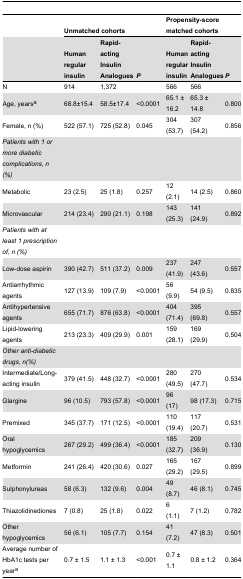
<table><thead><tr><td></td><td colspan="3"><b>Unmatched cohorts</b></td><td colspan="3"><b>Propensity-score matched cohorts</b></td></tr><tr><td></td><td><b>Human regular insulin </b></td><td><b>Rapid-acting Insulin Analogues</b></td><td><b><i>P</i></b></td><td><b>Human regular insulin </b></td><td><b>Rapid-acting Insulin Analogues</b></td><td><b><i>P</i></b></td></tr></thead><tbody><tr><td>N</td><td>914</td><td>1,372</td><td></td><td>566</td><td>566</td><td></td></tr><tr><td>Age, years<sup>a</sup></td><td>68.8±15.4</td><td>58.5±17.4</td><td>&lt;0.0001</td><td>65.1 ± 16.2</td><td>65.3 ± 14.8</td><td>0.800</td></tr><tr><td>Female, n (%)</td><td>522 (57.1)</td><td>725 (52.8)</td><td>0.045</td><td>304 (53.7)</td><td>307 (54.2)</td><td>0.856</td></tr><tr><td><i>Patients with 1 or more diabetic complications, n (%)</i></td><td></td><td></td><td></td><td></td><td></td><td></td></tr><tr><td>Metabolic </td><td>23 (2.5)</td><td>25 (1.8)</td><td>0.257</td><td>12 (2.1)</td><td>14 (2.5)</td><td>0.860</td></tr><tr><td>Microvascular </td><td>214 (23.4)</td><td>290 (21.1)</td><td>0.198</td><td>143 (25.3)</td><td>141 (24.9)</td><td>0.892</td></tr><tr><td><i>Patients with at least 1 prescription of, n (%)</i></td><td></td><td></td><td></td><td></td><td></td><td></td></tr><tr><td>Low-dose aspirin</td><td>390 (42.7)</td><td>511 (37.2)</td><td>0.009</td><td>237 (41.9)</td><td>247 (43.6)</td><td>0.557</td></tr><tr><td>Antiarrhythmic agents</td><td>127 (13.9)</td><td>109 (7.9)</td><td>&lt;0.0001</td><td>56 (9.9)</td><td>54 (9.5)</td><td>0.835</td></tr><tr><td>Antihypertensive agents</td><td>655 (71.7)</td><td>876 (63.8)</td><td>&lt;0.0001</td><td>404 (71.4)</td><td>395 (69.8)</td><td>0.557</td></tr><tr><td>Lipid-lowering agents</td><td>213 (23.3)</td><td>409 (29.9)</td><td>0.001</td><td>159 (28.1)</td><td>169 (29.9)</td><td>0.504</td></tr><tr><td><i>Other anti-diabetic drugs, n(%)</i></td><td></td><td></td><td></td><td></td><td></td><td></td></tr><tr><td>Intermediate/Long-acting insulin</td><td>379 (41.5)</td><td>448 (32.7)</td><td>&lt;0.0001</td><td>280 (49.5)</td><td>270 (47.7)</td><td>0.534</td></tr><tr><td>Glargine</td><td>96 (10.5)</td><td>793 (57.8)</td><td>&lt;0.0001</td><td>96 (17)</td><td>98 (17.3)</td><td>0.715</td></tr><tr><td>Premixed </td><td>345 (37.7)</td><td>171 (12.5)</td><td>&lt;0.0001</td><td>110 (19.4)</td><td>117 (20.7)</td><td>0.531</td></tr><tr><td>Oral hypoglycemics</td><td>267 (29.2)</td><td>499 (36.4)</td><td>&lt;0.0001</td><td>185 (32.7)</td><td>209 (36.9)</td><td>0.130</td></tr><tr><td> Metformin</td><td>241 (26.4)</td><td>420 (30.6)</td><td>0.027</td><td>165 (29.2)</td><td>167 (29.5)</td><td>0.899</td></tr><tr><td> Sulphonylureas</td><td>58 (6.3)</td><td>132 (9.6)</td><td>0.004</td><td>49 (8.7)</td><td>46 (8.1)</td><td>0.745</td></tr><tr><td> Thiazolidinediones</td><td>7 (0.8)</td><td>25 (1.8)</td><td>0.022</td><td>6 (1.1)</td><td>7 (1.2)</td><td>0.782</td></tr><tr><td> Other hypoglycemics</td><td>56 (6.1)</td><td>105 (7.7)</td><td>0.154</td><td>41 (7.2)</td><td>47 (8.3)</td><td>0.501</td></tr><tr><td>Average number of HbA1c tests per year<sup>a</sup></td><td>0.7 ± 1.5</td><td>1.1 ± 1.3</td><td>&lt;0.001</td><td>0.7 ± 1.1</td><td>0.8 ± 1.2</td><td>0.364</td></tr></tbody></table>